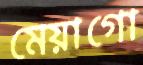
মেয়াগো